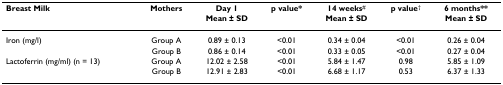
<table><thead><tr><td><b>Breast Milk</b></td><td><b>Mothers</b></td><td><b>Day 1 </b></td><td><b>p value*</b></td><td><b>14 weeks<sup>#</sup></b></td><td><b>p value<sup>†</sup></b></td><td><b>6 months**</b></td></tr><tr><td></td><td></td><td><b>Mean ± SD</b></td><td></td><td><b>Mean ± SD</b></td><td></td><td><b>Mean ± SD</b></td></tr></thead><tbody><tr><td>Iron (mg/l)</td><td>Group A</td><td>0.89 ± 0.13</td><td>&lt;0.01</td><td>0.34 ± 0.04</td><td>&lt;0.01</td><td>0.26 ± 0.04</td></tr><tr><td></td><td>Group B</td><td>0.86 ± 0.14</td><td>&lt;0.01</td><td>0.33 ± 0.05</td><td>&lt;0.01</td><td>0.27 ± 0.04</td></tr><tr><td>Lactoferrin (mg/ml) (n = 13)</td><td>Group A</td><td>12.02 ± 2.58</td><td>&lt;0.01</td><td>5.84 ± 1.47</td><td>0.98</td><td>5.85 ± 1.09</td></tr><tr><td></td><td>Group B</td><td>12.91 ± 2.83</td><td>&lt;0.01</td><td>6.68 ± 1.17</td><td>0.53</td><td>6.37 ± 1.33</td></tr></tbody></table>